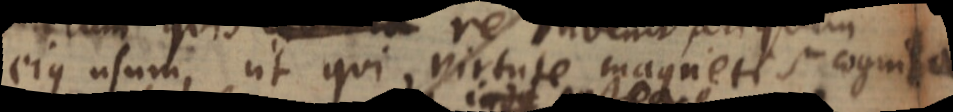
ejus usum, ut qui virtute magnetis cognita